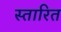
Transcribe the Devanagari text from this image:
स्तारित